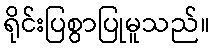
ရိုင်းပြစွာပြုမူသည်။